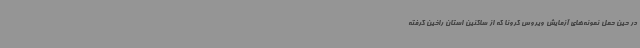
در حین حمل نمونه‌های آزمایش ویروس کرونا که از ساکنین استان راخین گرفته